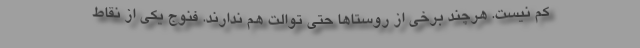
کم نیست. هرچند برخی از روستا‌ها حتی توالت هم ندارند. فنوج یکی از نقاط